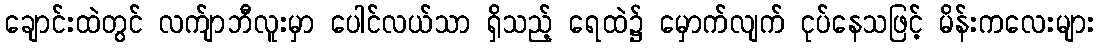
ချောင်းထဲတွင် လက်ျာဘီလူးမှာ ပေါင်လယ်သာ ရှိသည့် ရေထဲ၌ မှောက်လျက် ငုပ်နေသဖြင့် မိန်းကလေးများ